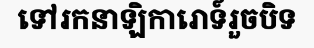
ទៅរកនាឡិការោទ៍រួចបិទ